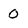
Character: O